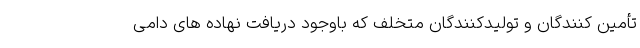
تأمین کنندگان و تولیدکنندگان متخلف که باوجود دریافت نهاده های دامی